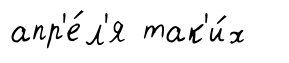
апр'е́л'я так'и́х